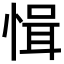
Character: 𢜱